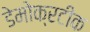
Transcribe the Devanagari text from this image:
डेमोक्रटीक